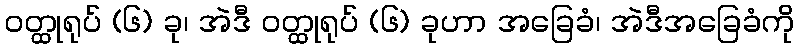
ဝတ္ထုရုပ် (၆) ခု၊ အဲဒီ ဝတ္ထုရုပ် (၆) ခုဟာ အခြေခံ၊ အဲဒီအခြေခံကို